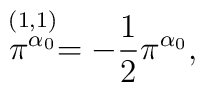
\stackrel{(1,1)}{\pi^{\alpha_{0}}}= -{1 \over2}\pi^{\alpha_{0}},